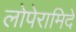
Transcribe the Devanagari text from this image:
लोपेरामिदे